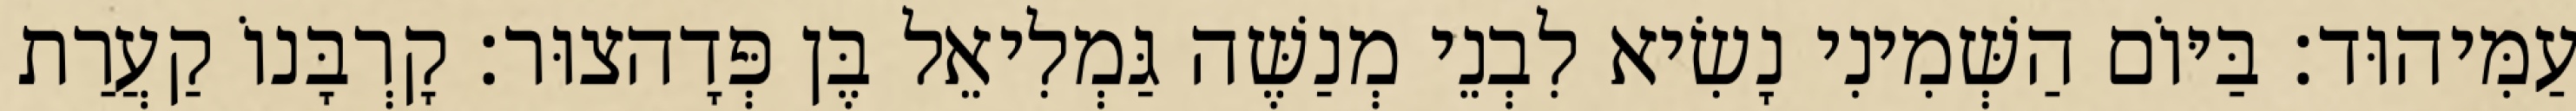
עַמִּיהוּד׃ בַּיּוֹם הַשְּׁמִינִי נָשִׂיא לִבְנֵי מְנַשֶּׁה גַּמְלִיאֵל בֶּן פְּדָהצוּר׃ קָרְבָּנוֹ קַעֲרַת